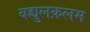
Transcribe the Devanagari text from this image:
बह्युलक़लम